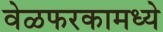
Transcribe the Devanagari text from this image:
वेळफरकामध्ये